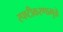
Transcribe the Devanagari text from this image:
स्पष्टीकरणामुळे